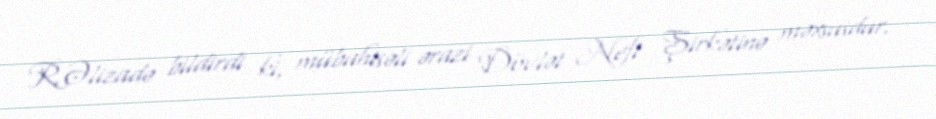
R.Əlizadə bildirdi ki, mübahisəli ərazi Dövlət Neft Şirkətinə məxsusdur.